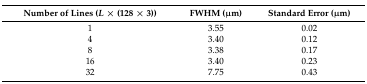
<table><thead><tr><td><b>Number of Lines (<i>L</i> × (128 × 3))</b></td><td><b>FWHM (μm)</b></td><td><b>Standard Error (μm)</b></td></tr></thead><tbody><tr><td>1</td><td>3.55</td><td>0.02</td></tr><tr><td>4</td><td>3.40</td><td>0.12</td></tr><tr><td>8</td><td>3.38</td><td>0.17</td></tr><tr><td>16</td><td>3.40</td><td>0.23</td></tr><tr><td>32</td><td>7.75</td><td>0.43</td></tr></tbody></table>